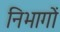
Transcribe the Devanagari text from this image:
निभागों